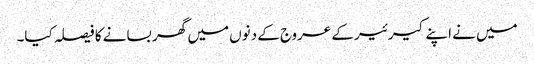
میں نے اپنے کیرئیر کے عروج کے دنوں میں گھر بسانے کا فیصلہ کیا۔